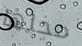
محلها